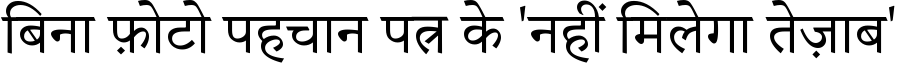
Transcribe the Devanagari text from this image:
बिना फ़ोटो पहचान पत्र के 'नहीं मिलेगा तेज़ाब'